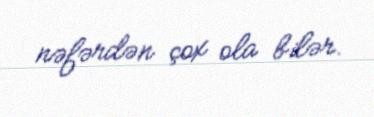
nəfərdən çox ola bilər.